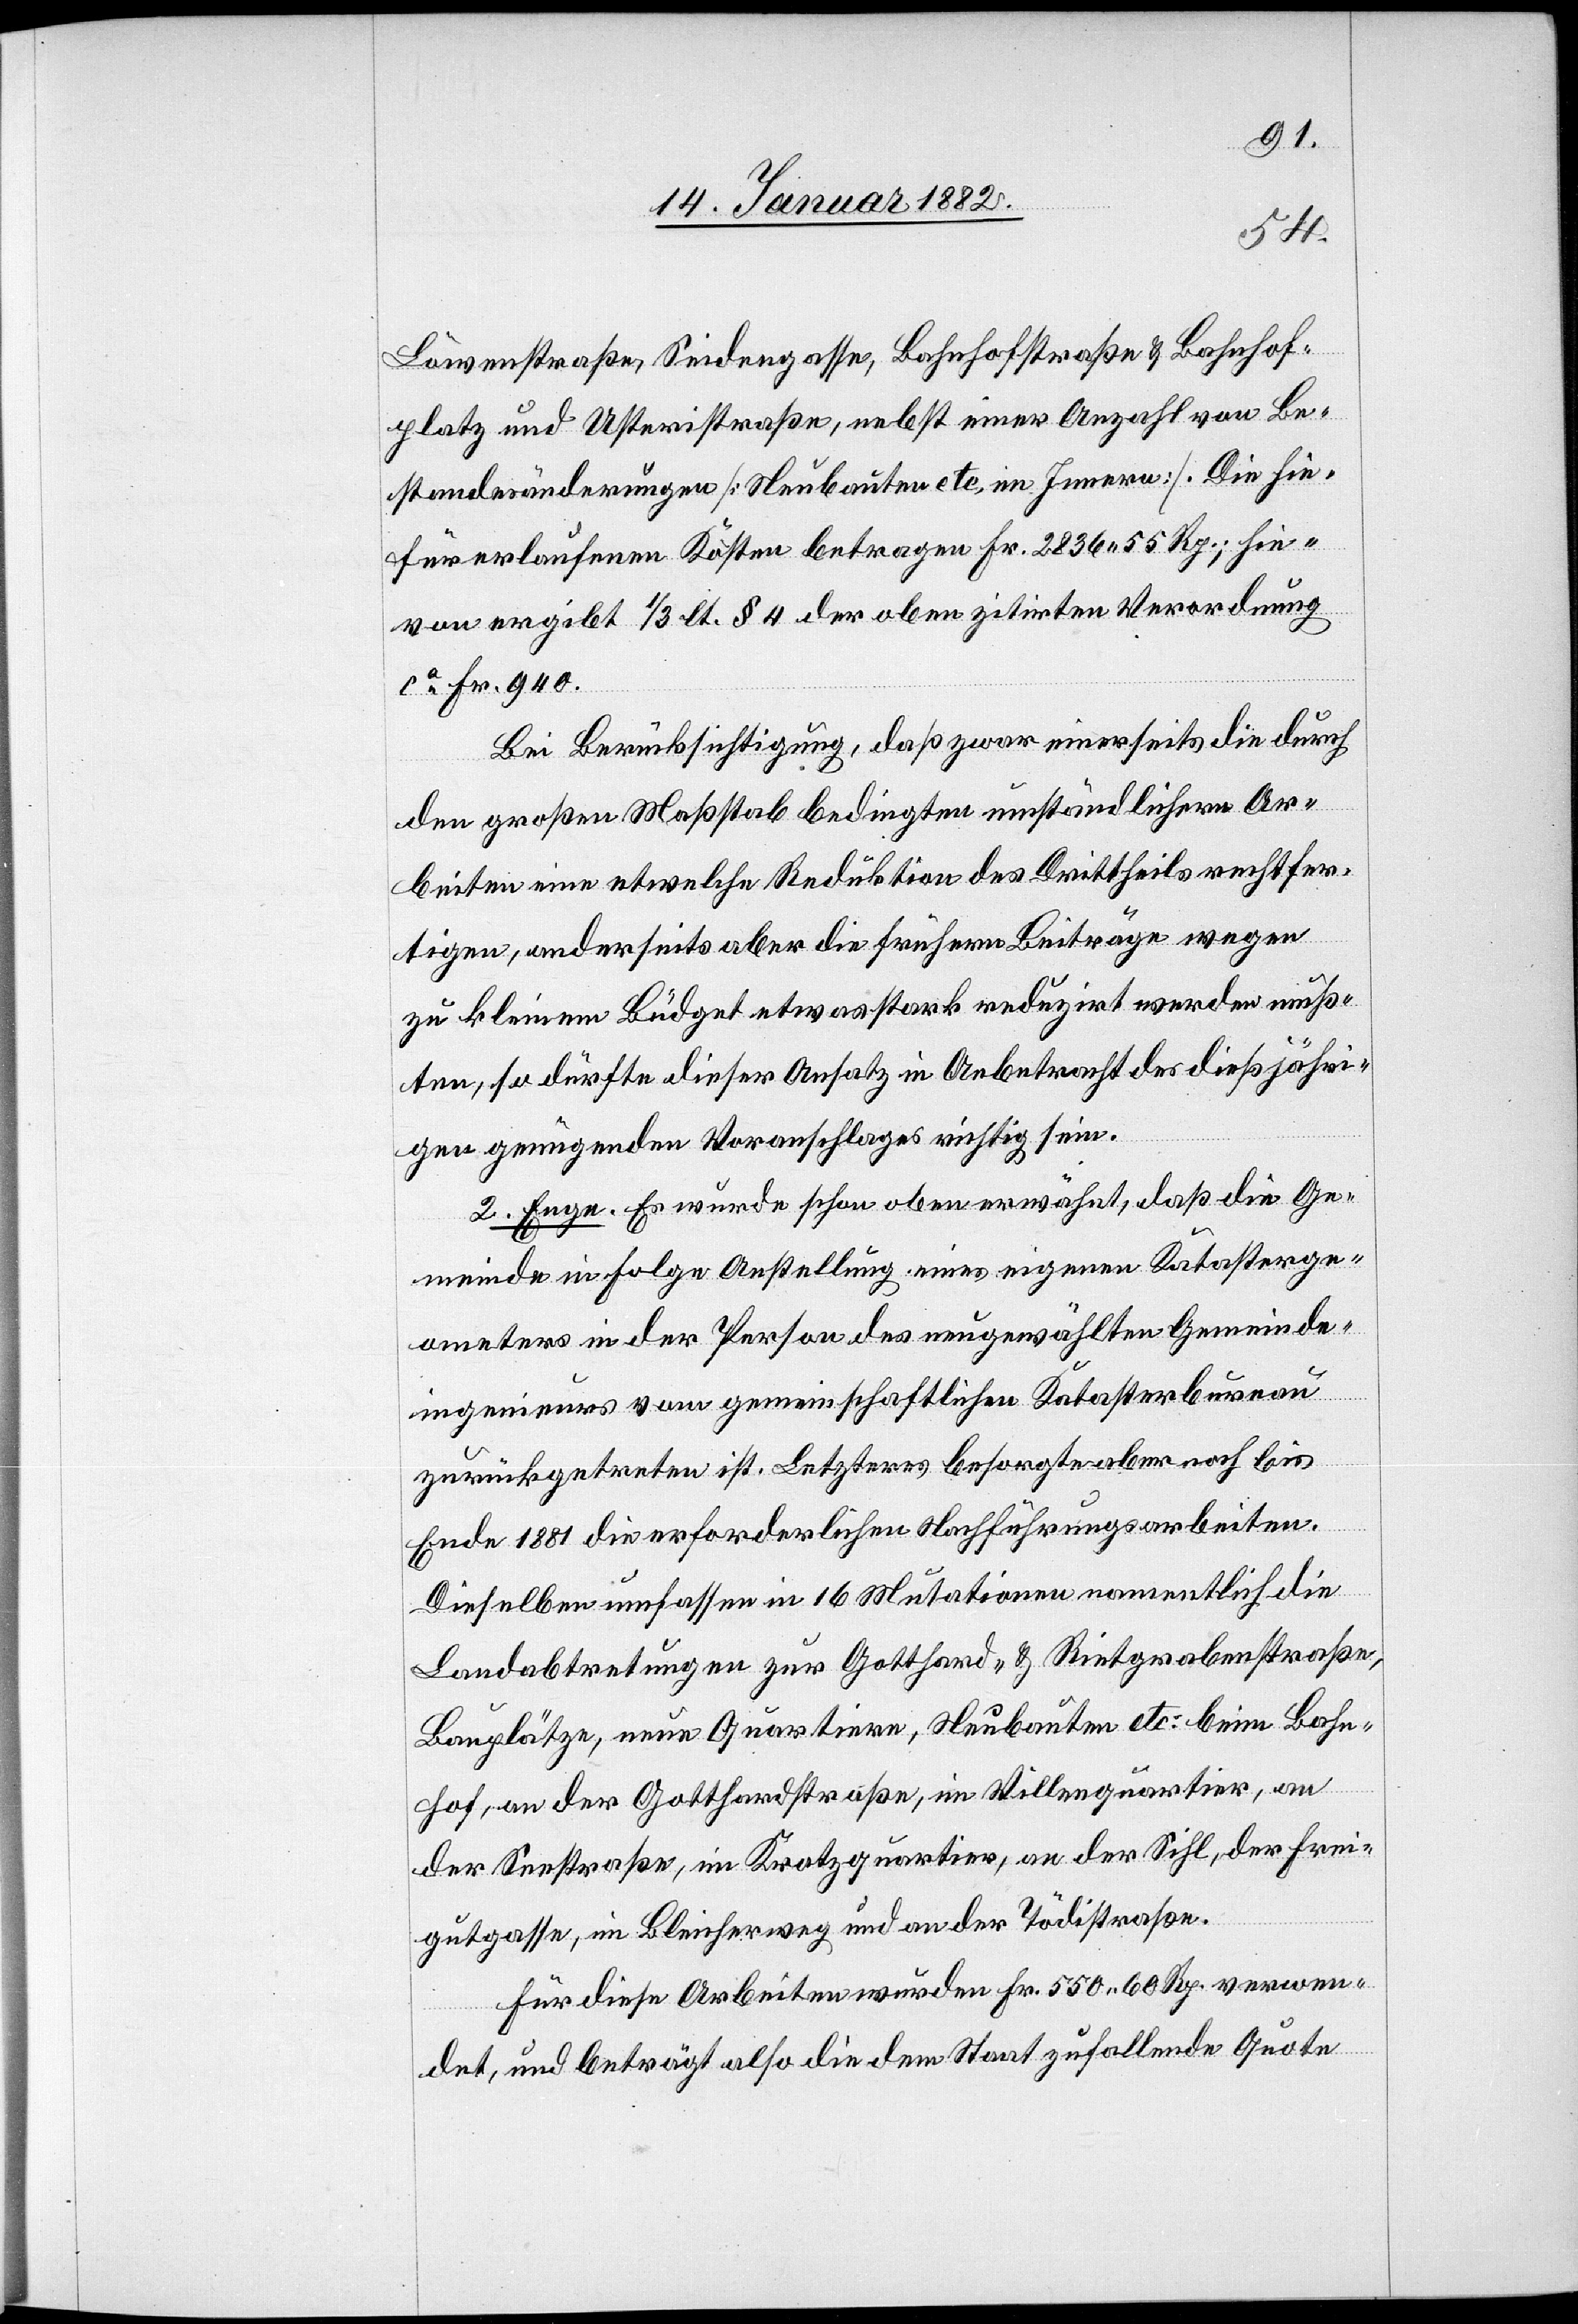
Löwenstraße, Seidengasse, Bahnhofstraße & Bahnhof¬
platz und Usteristraße, nebst einer Anzahl von Be¬
standesänderungen [Neubauten etc. im Innern]. Die hier¬
für erlaufenen Kosten betragen Fr. 2836 55 Rp. hier¬
von ergibt 1/3 lt. § 4 der oben zitierten Verordnung
ca Fr. 940.
Bei Berücksichtigung, daß zwar einerseits die durch
den großen Maßstab bedingten umständlichen Ar¬
beiten eine etwelche Reduktion des Drittheiles rechtfer¬
tigen, anderseits aber die frühern Beiträge wegen
zu kleinem Büdget etwas stark reduziert werden muß¬
ten, so dürfte dieser Ansatz in Anbetracht des dießjähri¬
gen genügenden Voranschlages richtig sein.
2. Enge. Es wurde schon oben erwähnt, daß die Ge¬
meinde in Folge Anstellung eines eigenen Katasterge¬
ometers in der Person des neugewählten Gemeinde¬
ingenieurs vom gemeinschaftlichen Katasterbureau
zurückgetreten ist. Letzteres besorgte aber noch bis
Ende 1881 die erforderlichen Nachführungsarbeiten.
Dieselben umfassen in 16 Mutationen namentlich die
Landabtretung zur Gotthard- & Rietgrabenstraßen,
Bauplätze, neun Quartiere, Neubauten etc: beim Bahn¬
hof, an der Gotthardstraße, im Villenquartier, an
der Seestraße, im Kratzquartier, an der Sihl, der Frei¬
gutgasse, im Bleicherweg und an der Tödistraße.
Für diese Arbeiten werden Fr. 550 60 Rp. verwen¬
det, und beträgt also die dem Staat zufallende Quote